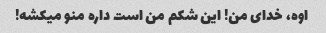
اوه، خدای من! این شکم من است داره منو میکشه!